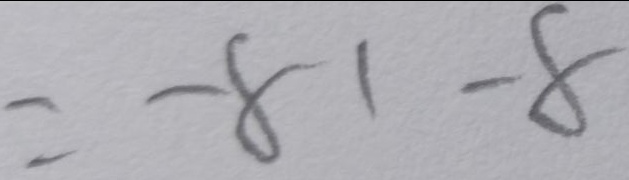
= - 8 1 - 8